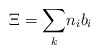
\begin{align*}\Xi={\sum_k}n_i {b}_i\end{align*}